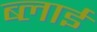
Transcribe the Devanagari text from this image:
ब्लाई